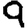
Digit: 9